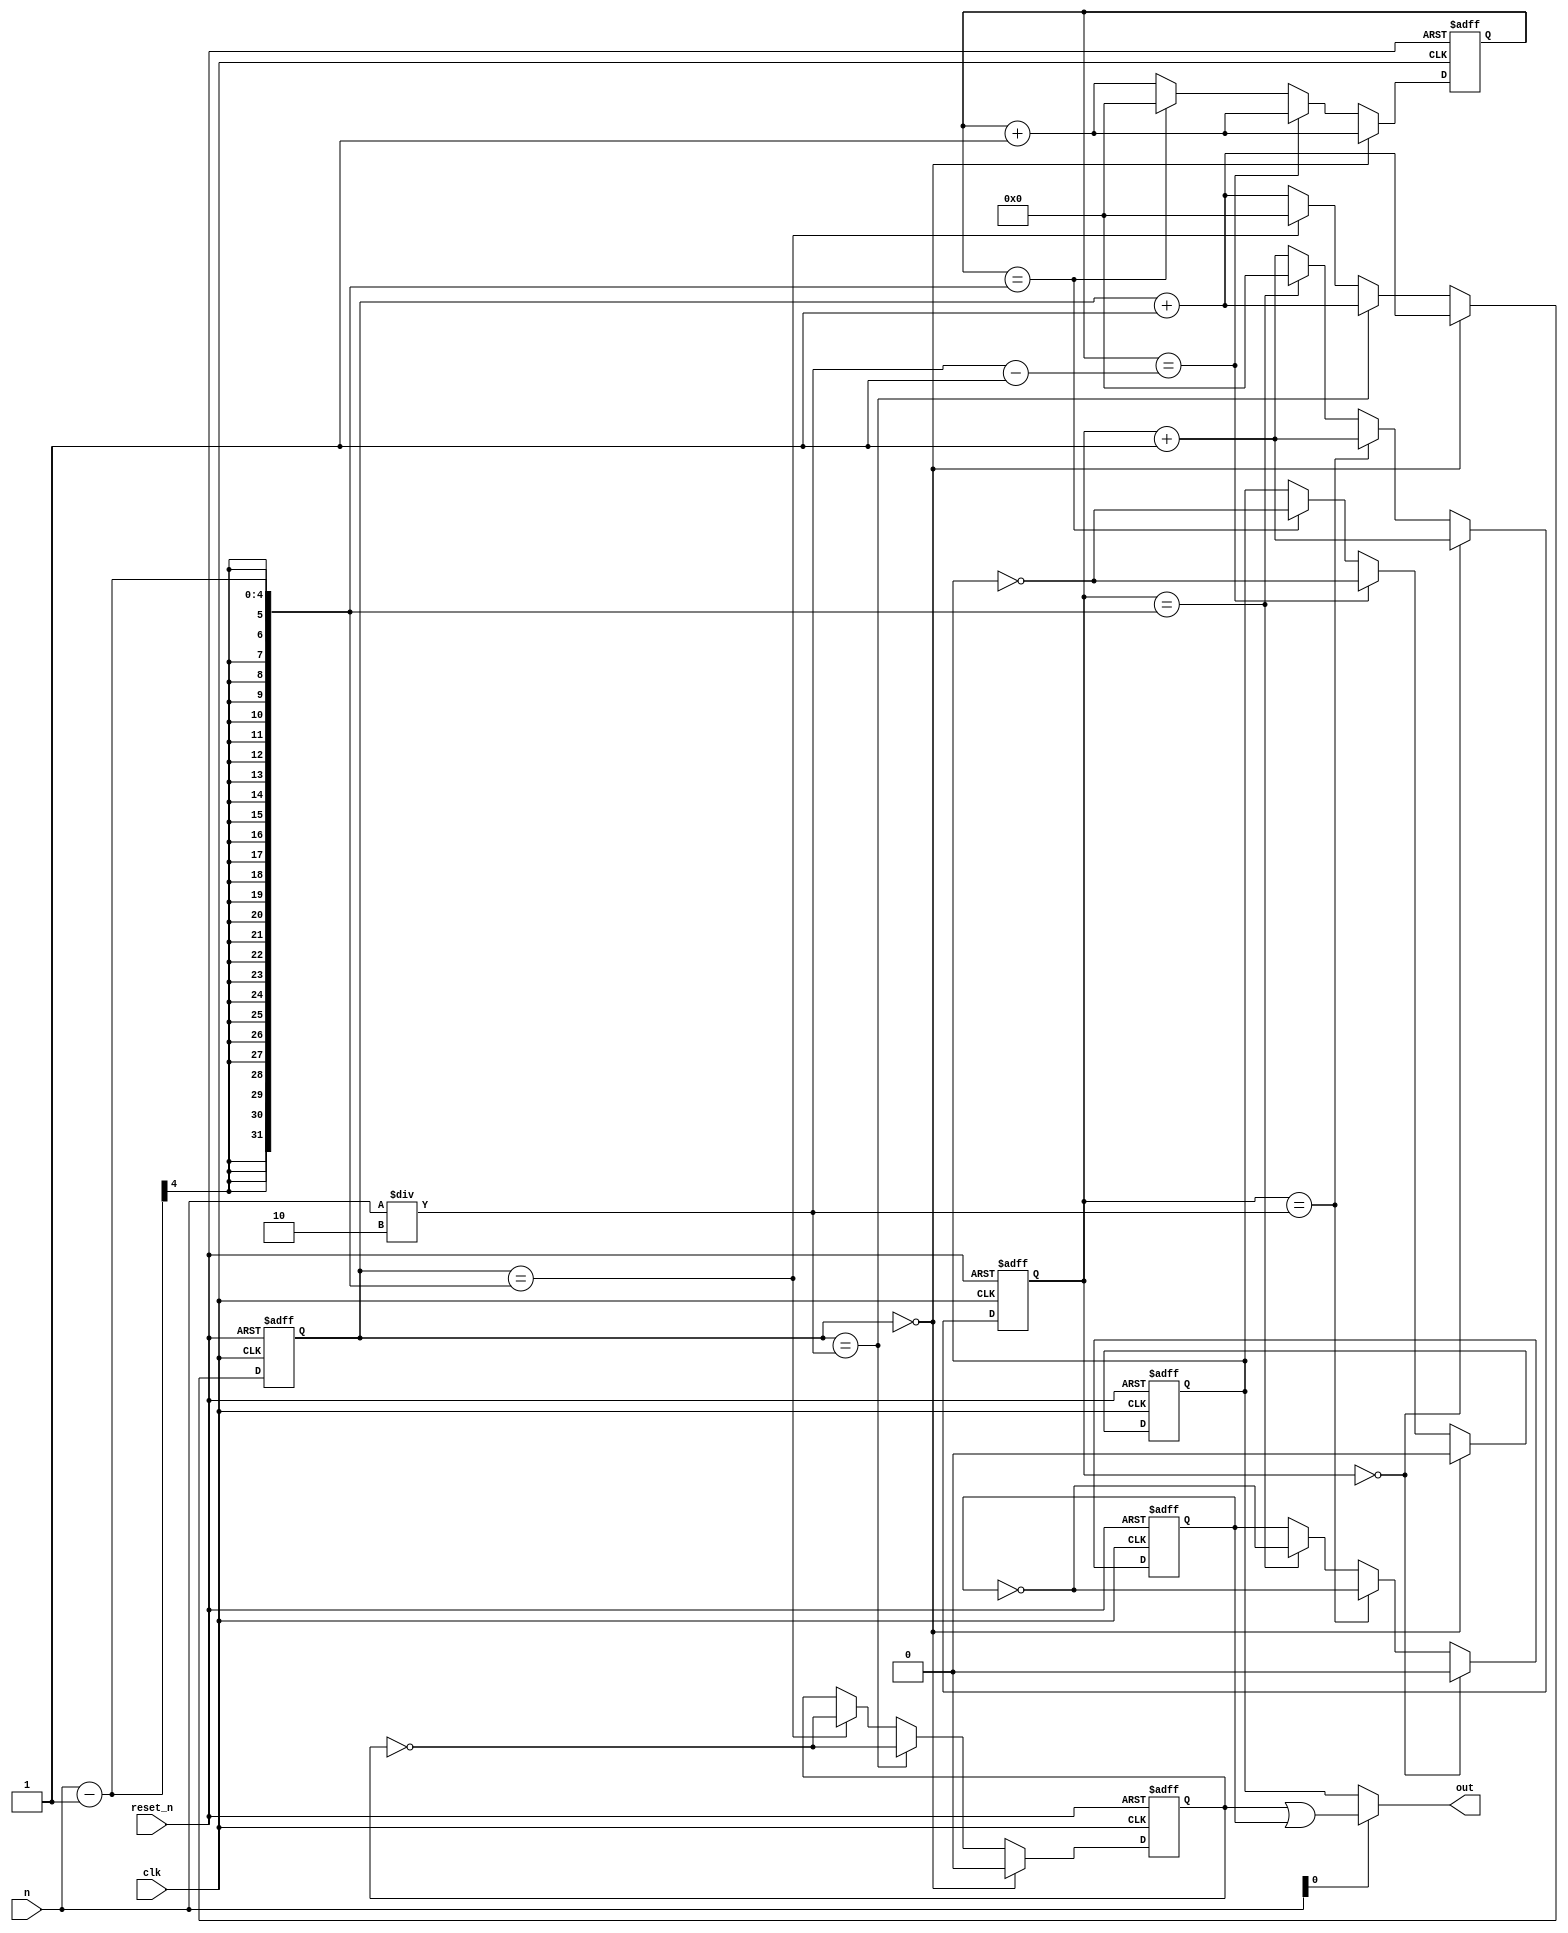
`timescale 1ns / 1ps
//////////////////////////////////////////////////////////////////////////////////
// Company: 
// Engineer: 
// 
// Design Name: 
// Module Name: test
// Project Name: 
// Target Devices: 
// Tool Versions: 
// Description: 
// 
// Dependencies: 
// 
// Revision:
// Revision 0.01 - File Created
// Additional Comments:
// 
//////////////////////////////////////////////////////////////////////////////////


module divider(
    input          clk,
    input          reset_n,
    input [3 : 0]  n,
    output         out
    );
    
    reg [3 : 0] count_n, count_p, count_n1;
    reg div_out_n, div_out_p, div_out_n1;
    
    wire div_n;
    
    assign div_n = n[0];
    
    always @(posedge clk, negedge reset_n) begin
        if(!reset_n) begin
            count_n <= 4'b0;
            div_out_n <= 1'b0;
            end
        else if(count_n == 4'b0) begin
            count_n <= count_n + 1'b1;
            div_out_n <= 0;
            end
        else if(count_n == n / 2 ) begin
            count_n <= count_n + 1'b1;
            div_out_n <= ~div_out_n;
            end
        else if(count_n == n - 1) begin
            count_n <= 0;
            div_out_n <= ~div_out_n;
            end            
        else
            count_n <= count_n + 1'b1;
    end
    
        always @(posedge clk, negedge reset_n) begin
        if(!reset_n) begin
            count_n1 <= 4'b0;
            div_out_n1 <= 1'b0;
            end
        else if(count_n == 4'b0) begin
            count_n1 <= count_n1 + 1'b1;
            div_out_n1 <= 0;
            end
        else if(count_n1 == n / 2 - 1) begin
            count_n1 <= count_n1 + 1'b1;
            div_out_n1 <= ~div_out_n1;
            end
        else if(count_n1 == n - 1) begin
            count_n1 <= 0;
            div_out_n1 <= ~div_out_n1;
            end            
        else
            count_n1 <= count_n1 + 1'b1;
    end
    
        always @(negedge clk, negedge reset_n) begin
        if(!reset_n) begin
            count_p <= 4'b0;
            div_out_p <= 1'b0;
            end
        else if(count_p == 4'b0) begin
            count_p <= count_p + 1'b1;
            div_out_p <= 0;
            end
        else if(count_p == n / 2 ) begin
            count_p <= count_p + 1'b1;
            div_out_p <= ~div_out_p;
            end
        else if(count_p == n - 1) begin
            count_p <= 0;
            div_out_p <= ~div_out_p;
            end            
        else
            count_p <= count_p + 1'b1;
    end
    
    assign out = div_n ? (div_out_n | div_out_p) : div_out_n1;
    
endmodule